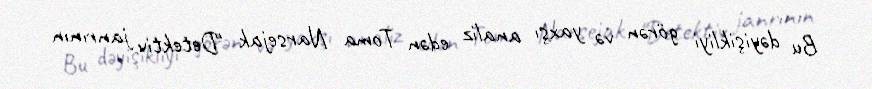
Bu dəyişikliyi görən və yaxşı analiz edən Toma Narsejak "Detektiv janrının